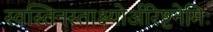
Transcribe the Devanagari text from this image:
स्वस्तिनस्ताक्ष्योर्अरिष्टनेमिः